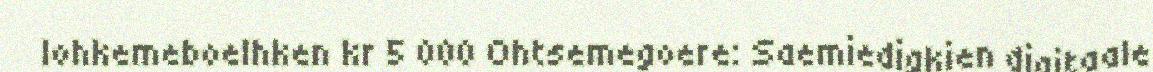
lohkemeboelhken kr 5 000 Ohtsemegoere: Saemiedigkien digitaale